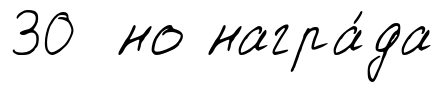
30 но награ́да